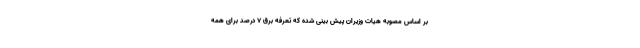
بر اساس مصوبه هیات وزیران پیش بینی شده که تعرفه برق ۷ درصد برای همه